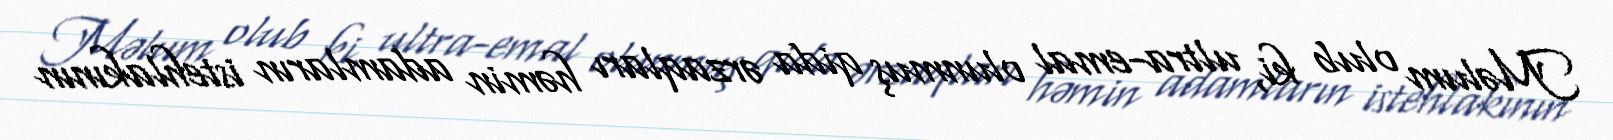
Məlum olub ki, ultra-emal olunmuş qida ərzaqları həmin adamların istehlakının